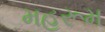
મહરૂમ